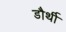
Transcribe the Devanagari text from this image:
डौर्थी